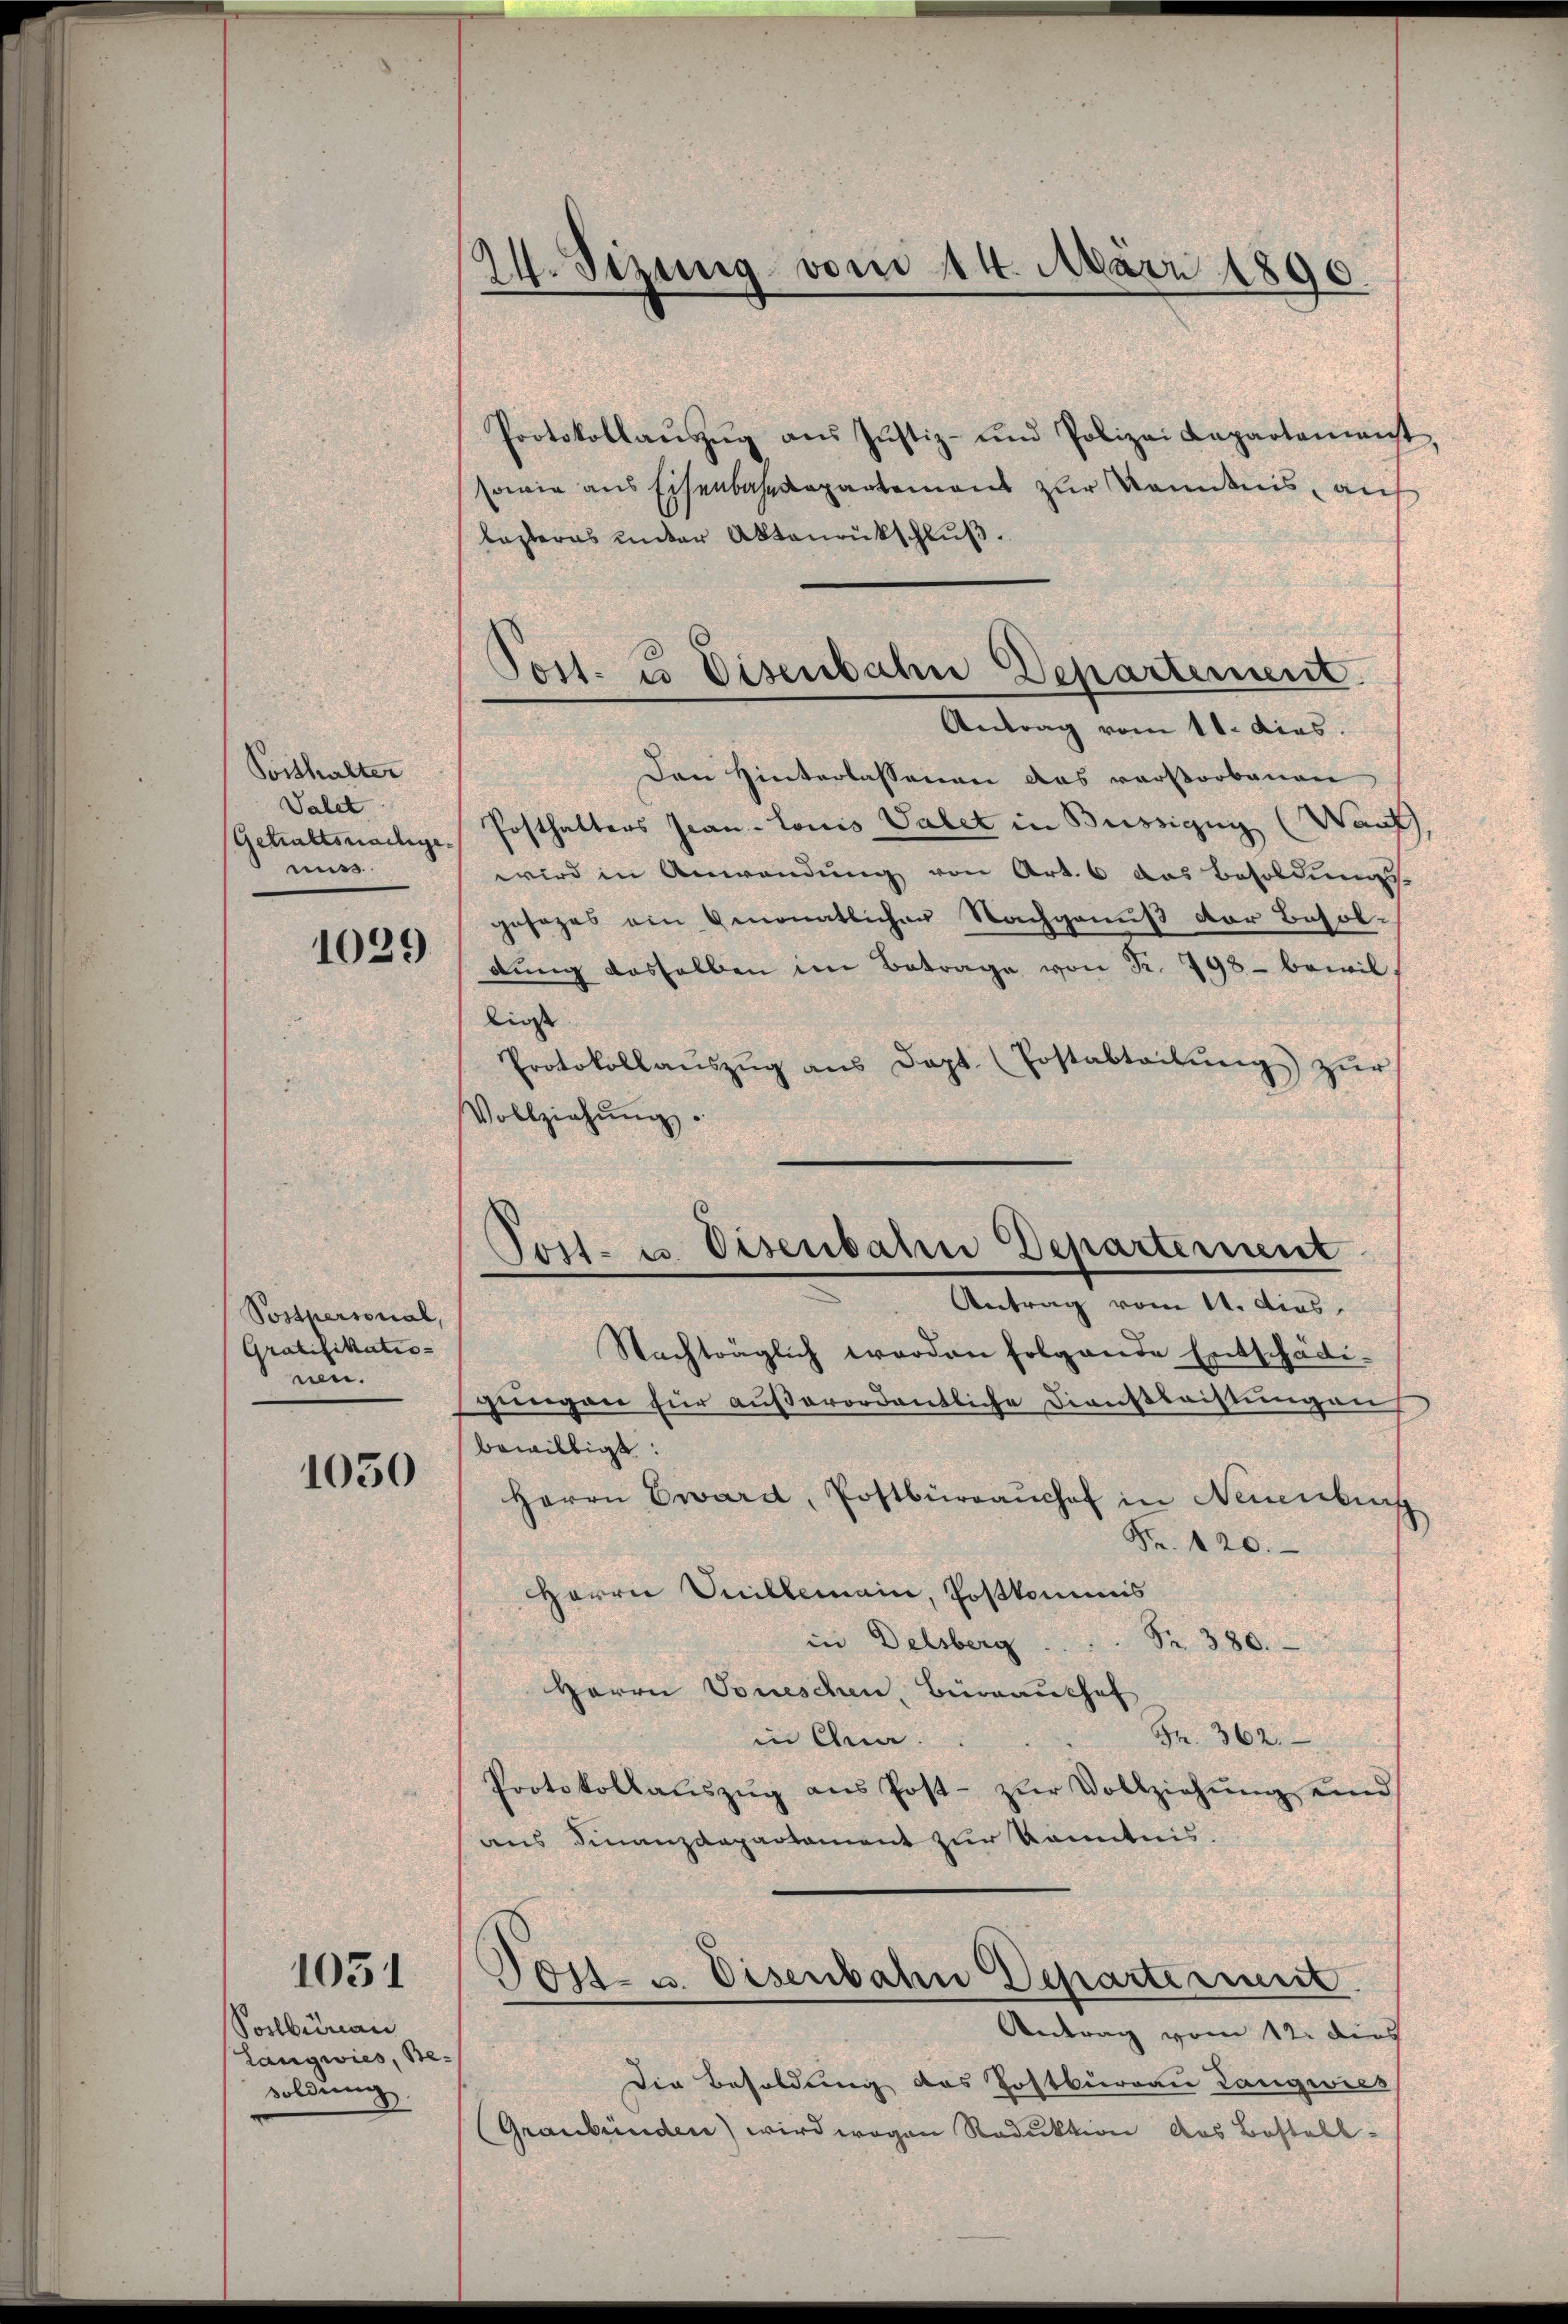
Posthalter
Valet
miss.

6
1025)

Postpersonal,
Gratifikatio-
nen.

1050

1051

Postbüreau
Langwies, Besoldung

24. Sizung vom 14. März 1890

Protokollaŭszŭg ans Justiz- und Polizei Capartement
sowie aus Eisenbahndepartemons zur Kemnis, auf
lasteras unter Aktenrückschluß.
Den Hinterlassenen das verstorbenen
Gehaltsnachge. Posthalters Jean - Louis Vater in Büssigen (Wauf,
wird in Anwendung von Art. 6 das Besoldungs
gesages ein monatlicher Nachgenuß der Besoldŭng dasselben im Betrage von Fr. 798 - bewil
Lies
Protokollaŭszŭg ans Dopt. (Postabteilŭng zŭr
Vollziehŭng.
gungen für außerordentliche Dienstleistungen
bewilligt:
Herrn Eward, Postbüreaŭchof in Neuenburg
Nr. 120.
Herrn Quillemain, Postkommis
in Delsberg
Nr. 380.
Herrn Voneschen, Brauchef
Fr. 362.
in Ana.
Protokollaŭszŭg ans Post- zŭr Vollziehŭng und
aus Finanzdepartement zur Kenntnis.
Tost- u. Eisenbahn Departement
Antrag vom 12. dies
Die Besoldung des Postbürgau Langwies
(Graubünden) wird wegen Reduktion das Bestell-

Post. u Disenbahn Departement.
Antrag vom 11. dieas.

Post- u. Eisenbahn Departement
Antrag vom 11. dies
Nachträglich worden folgende Entschädi¬